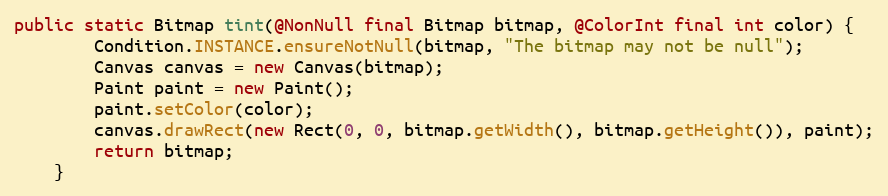
Language: Java
public static Bitmap tint(@NonNull final Bitmap bitmap, @ColorInt final int color) {
        Condition.INSTANCE.ensureNotNull(bitmap, "The bitmap may not be null");
        Canvas canvas = new Canvas(bitmap);
        Paint paint = new Paint();
        paint.setColor(color);
        canvas.drawRect(new Rect(0, 0, bitmap.getWidth(), bitmap.getHeight()), paint);
        return bitmap;
    }